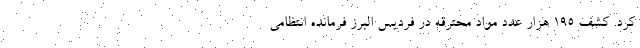
کرد. کشف 195 هزار عدد مواد محترقه در فردیس البرز فرمانده انتظامی